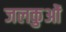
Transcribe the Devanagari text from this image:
जलकुओं